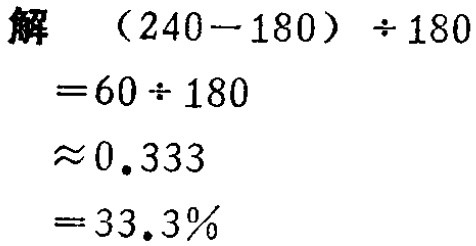
\[

\begin{align*}

&\text{解 }(240 - 180)\div180\\

=&60\div180\\

\approx&0.333\\

=&33.3\%

\end{align*}

\]